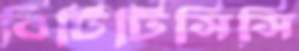
বিটিটিসিসি